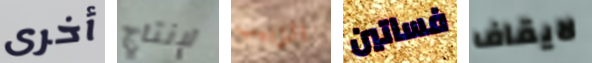
أخرى لإنتاج الزبيب فساتين لايقاف